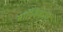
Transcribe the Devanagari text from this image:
माध्यिकाएं